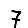
Digit: 7